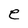
Character: e